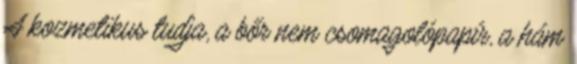
A kozmetikus tudja, a bőr nem csomagolópapír, a hám